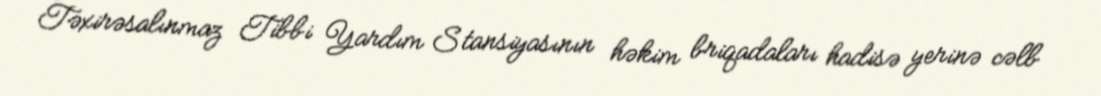
Təxirəsalınmaz Tibbi Yardım Stansiyasının həkim briqadaları hadisə yerinə cəlb